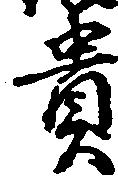
貴